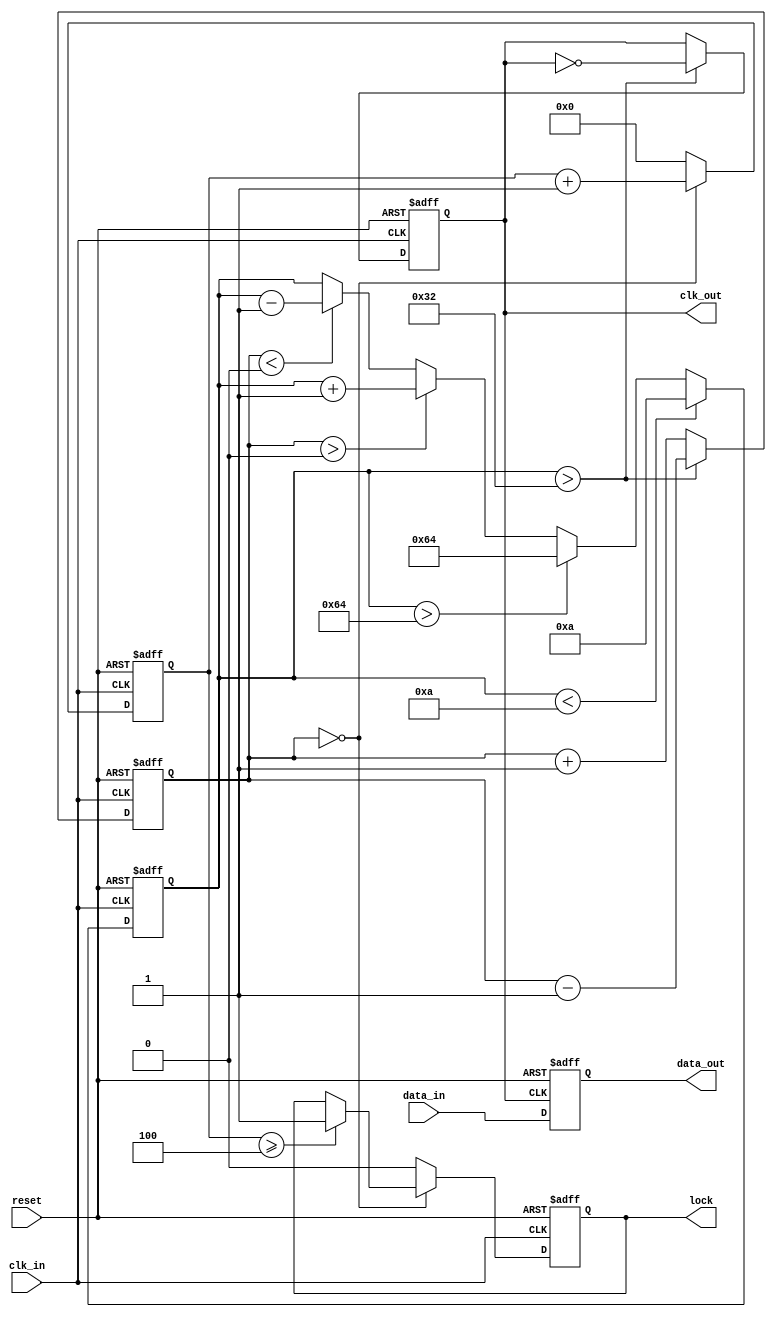
module PLL_Synchronizer (
    input wire clk_in,           // Incoming clock signal
    input wire reset,            // Reset signal
    input wire data_in,          // Incoming data signal
    output reg clk_out,          // Output clock signal
    output reg data_out,         // Synchronized data output
    output reg lock              // Lock status
);

    // Parameters for VCO and other components
    parameter VCO_MAX_FREQ = 100; // Max frequency for VCO
    parameter VCO_MIN_FREQ = 10;   // Min frequency for VCO
    parameter LOCK_THRESHOLD = 4;   // Lock detection threshold

    // Internal signals
    reg [7:0] vco_freq;            // VCO frequency control
    reg [7:0] phase_error;         // Phase error signal
    reg [7:0] loop_filter;         // Loop filter output
    reg [3:0] lock_counter;        // Lock detection counter

    // Phase Detector
    always @(posedge clk_in or posedge reset) begin
        if (reset) begin
            phase_error <= 0;
        end else begin
            // Simple phase error calculation (for demonstration purposes)
            phase_error <= (vco_freq > 50) ? phase_error - 1 : phase_error + 1;
        end
    end

    // Voltage-Controlled Oscillator (VCO)
    always @(posedge clk_in or posedge reset) begin
        if (reset) begin
            vco_freq <= VCO_MIN_FREQ;
        end else begin
            // Update VCO frequency based on phase error (simplified)
            if (phase_error > 0) begin
                vco_freq <= vco_freq + 1; // Speed up
            end else if (phase_error < 0) begin
                vco_freq <= vco_freq - 1; // Slow down
            end
            // Clamp the frequency to valid range
            if (vco_freq > VCO_MAX_FREQ) vco_freq <= VCO_MAX_FREQ;
            if (vco_freq < VCO_MIN_FREQ) vco_freq <= VCO_MIN_FREQ;
        end
    end

    // Loop Filter
    always @(posedge clk_in or posedge reset) begin
        if (reset) begin
            loop_filter <= 0;
        end else begin
            // Simple loop filter implementation (for demonstration)
            loop_filter <= (loop_filter + phase_error) >> 1; // Low-pass filter
        end
    end

    // Frequency Divider (simple example)
    always @(posedge clk_in or posedge reset) begin
        if (reset) begin
            clk_out <= 0;
        end else begin
            // Generate output clock based on VCO frequency (simplified)
            if (vco_freq > 50) begin
                clk_out <= ~clk_out; // Toggle clock
            end
        end
    end

    // Data Sampling
    always @(posedge clk_out or posedge reset) begin
        if (reset) begin
            data_out <= 0;
        end else begin
            data_out <= data_in; // Sample incoming data
        end
    end

    // Lock Detection
    always @(posedge clk_in or posedge reset) begin
        if (reset) begin
            lock <= 0;
            lock_counter <= 0;
        end else begin
            if (phase_error == 0) begin
                lock_counter <= lock_counter + 1;
                if (lock_counter >= LOCK_THRESHOLD) begin
                    lock <= 1; // PLL is locked
                end
            end else begin
                lock_counter <= 0; // Reset counter on phase error
                lock <= 0;
            end
        end
    end

endmodule